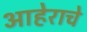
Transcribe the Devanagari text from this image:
आहेराचे